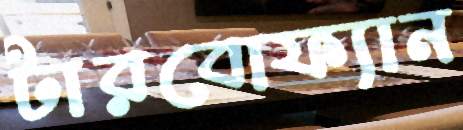
টারবোফ্যান